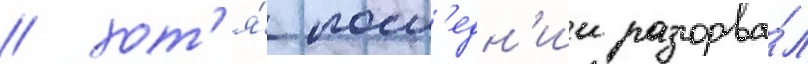
/ хот'я́ посл'едн'ии разорва́л